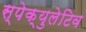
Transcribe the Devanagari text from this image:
स्पेक्युलेटिव